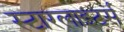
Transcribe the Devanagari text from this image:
स्टारलाइटर्स